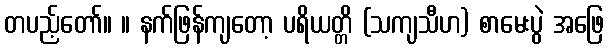
တပည့်တော်။ ။ နက်ဖြန်ကျတော့ ပရိယတ္တိ (သကျသီဟ) စာမေးပွဲ အဖြေ